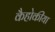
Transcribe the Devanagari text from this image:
कैहोकीया